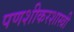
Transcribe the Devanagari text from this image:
पणशीकरशास्त्री